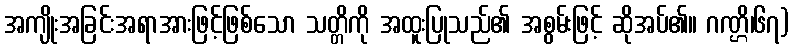
အကျိုးအခြင်းအရာအားဖြင့်ဖြစ်သော သတ္တိကို အထူးပြုသည်၏ အစွမ်းဖြင့် ဆိုအပ်၏။ ဂဏ္ဌိ၊၆၇)